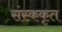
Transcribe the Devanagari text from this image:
संस्ककृत